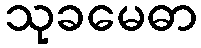
သုခမေဓာ